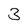
Character: 3